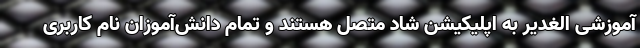
آموزشی الغدیر به اپلیکیشن شاد متصل هستند و تمام دانش‌آموزان نام کاربری